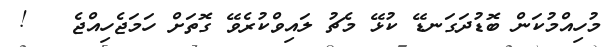
މުހިއްމުކަން ބޮޑުދަގަނޑޭ ކުޅޭ މެޗު ލައިވްކުރެވޭ ގޮތަށް ހަމަޖެހިއްޖެ   !